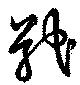
戢